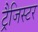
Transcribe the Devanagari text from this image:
ट्रैजिस्टर